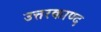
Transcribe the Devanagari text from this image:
उत्तरकाण्द